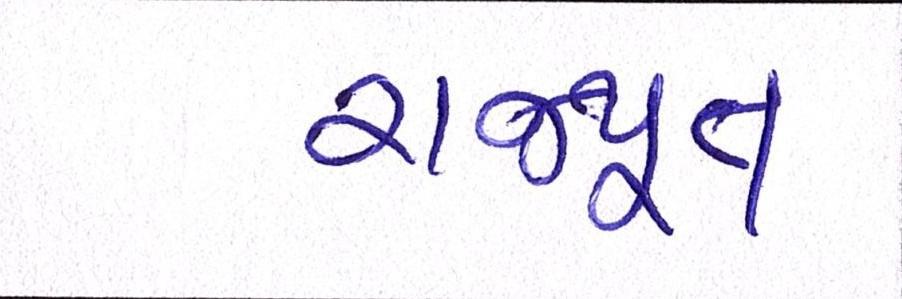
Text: રાજપૂત